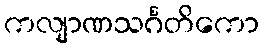
ကလျာဏသင်္ဂတိကော